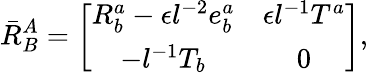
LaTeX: \bar{R}_{B}^{A}=\left[\begin{array}{cc}{{R_{b}^{a}-\epsilon l^{-2}e_{b}^{a}}}&{{\epsilon l^{-1}T^{a}}}\\ {{-l^{-1}T_{b}}}&{{0}}\end{array}\right],